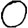
Digit: 0